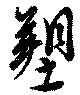
塑